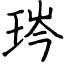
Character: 琌